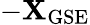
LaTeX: -\mathbf{X}_{\mathrm{{GSE}}}